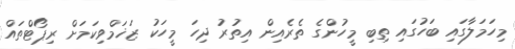
މިހަމަލާގައި ބަހުގައި ތިބި މީހުންގެ ތެރެއިން އިތުރު ދިހަ މީހަކު ޒަޚަމްވިކަމަށް ރިޕޯޓްތައް